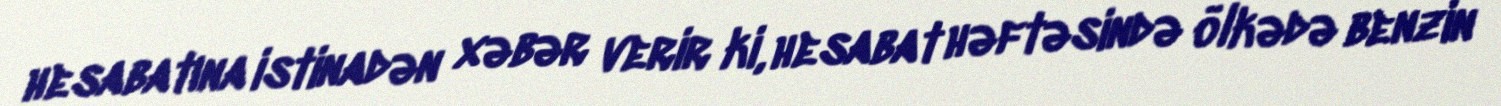
hesabatına istinadən xəbər verir ki, hesabat həftəsində ölkədə benzin